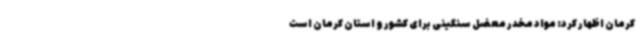
کرمان اظهار کرد: مواد مخدر معضل سنگینی برای کشور و استان کرمان است